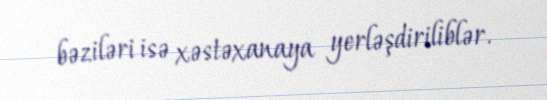
bəziləri isə xəstəxanaya yerləşdiriliblər.